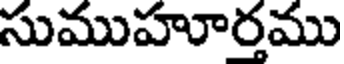
సుముహూర్తము